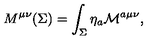
M ^ { \mu \nu } ( \Sigma ) = \int _ { \Sigma } \eta _ { a } { \cal M } ^ { a \mu \nu } ,